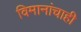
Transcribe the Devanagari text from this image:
विमानांचाही